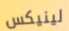
لينيكس